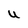
Character: U